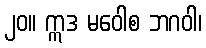
၂၀။ ဣဒ မဝေါစ ဘဂဝါ၊